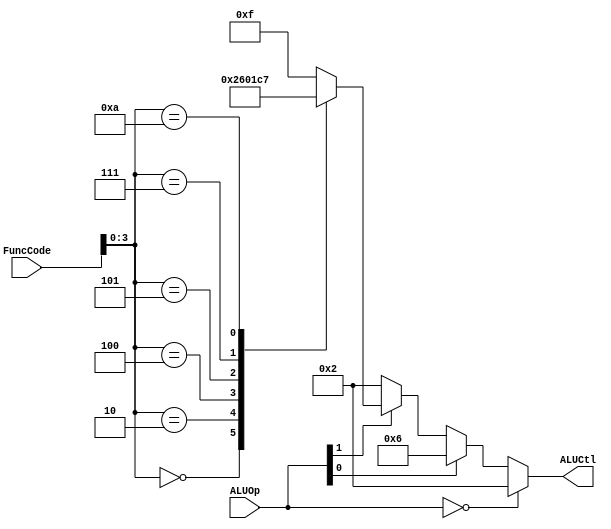
`timescale 1ns / 1ps
//////////////////////////////////////////////////////////////////////////////////
// Company: LSPyC
// 
// Design Name: 
// Module Name:    ALUControl 
// Project Name: 
// Target Devices: 
// Tool versions: 
// Description: 
// 	Obtenido del libro David A. Patterson, John L. Hennessy - Computer Organization and Design_ The Hardware_Software Interface 5th Edition 
// 	- With all appendices and advanced material. 5-Elsevier (2013)
// 	Apendice B. (En el libro esta mal la salida, pone ALUOp donde debe ser ALUCtl)
// Se agrega la funcionalidad para instrucciones de acceso a memoria y branch. Se verifica adems 6 funciones tipo R.
// Dependencies: 
//	
// Revision: 
// Revision 0.01 - File Created
// Additional Comments: 
//
//////////////////////////////////////////////////////////////////////////////////
	module ALUControl(
    input [1:0] ALUOp,
    input [5:0] FuncCode,
    output reg [3:0] ALUCtl
    );
	 
/*	always case (FuncCode)
	32: ALUCtl <=2; //add
	34: ALUCtl <=6; //substract
	36: ALUCtl <=0; //and
	37: ALUCtl <=1; //or
	39: ALUCtl <=12; //nor
	42: ALUCtl <=7; //stl
	default: ALUCtl <=15; //should not happen
	endcase*/
	always@(ALUOp, FuncCode) begin
	if (ALUOp == 2'b00) //mem
		ALUCtl = 4'b0010; 
	else if (ALUOp[0] == 1) //branch
		ALUCtl = 4'b0110;
	else if (ALUOp[1] == 1)  //R-type
		case(FuncCode[3:0])
			4'b0000: ALUCtl = 4'b0010; //add
			4'b0010: ALUCtl = 4'b0110; //substract
			4'b0100: ALUCtl = 4'b0000; //and
			4'b0101: ALUCtl = 4'b0001; //or
			4'b0111: ALUCtl = 4'b1100; //nor
			4'b1010: ALUCtl = 4'b0111; //set on less than
			default: ALUCtl = 4'b1111; //should not happen
		endcase
	else 
		ALUCtl = 4'b0010; //should not happen
	end
endmodule